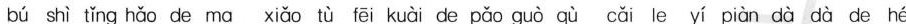
bú shì tǐng hǎo de ma xiǎo tù fēi kuài de pǎo guò qù cǎi le yí piàn dà dà de hé